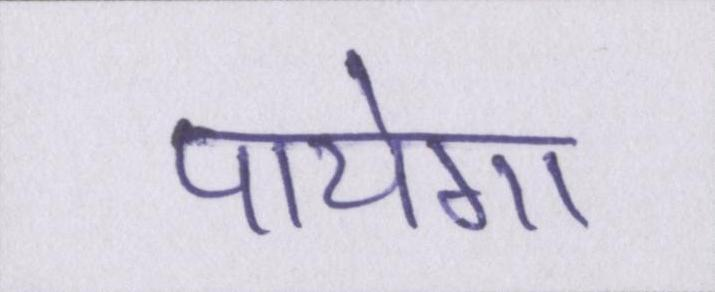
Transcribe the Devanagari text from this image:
पायेगा